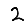
Digit: 2